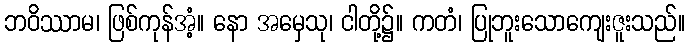
ဘဝိဿာမ၊ ဖြစ်ကုန်အံ့။ နော အမှေသု၊ ငါတို့၌။ ကတံ၊ ပြုဘူးသောကျေးဇူးသည်။